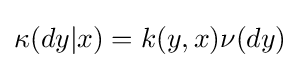
\kappa (dy|x)=k(y,x)\nu (dy)